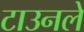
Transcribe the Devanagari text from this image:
टाउनले